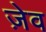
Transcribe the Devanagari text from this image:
ज़ेव